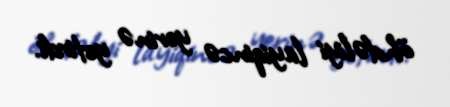
öhdəliyi layiqincə yerinə yetirdi.